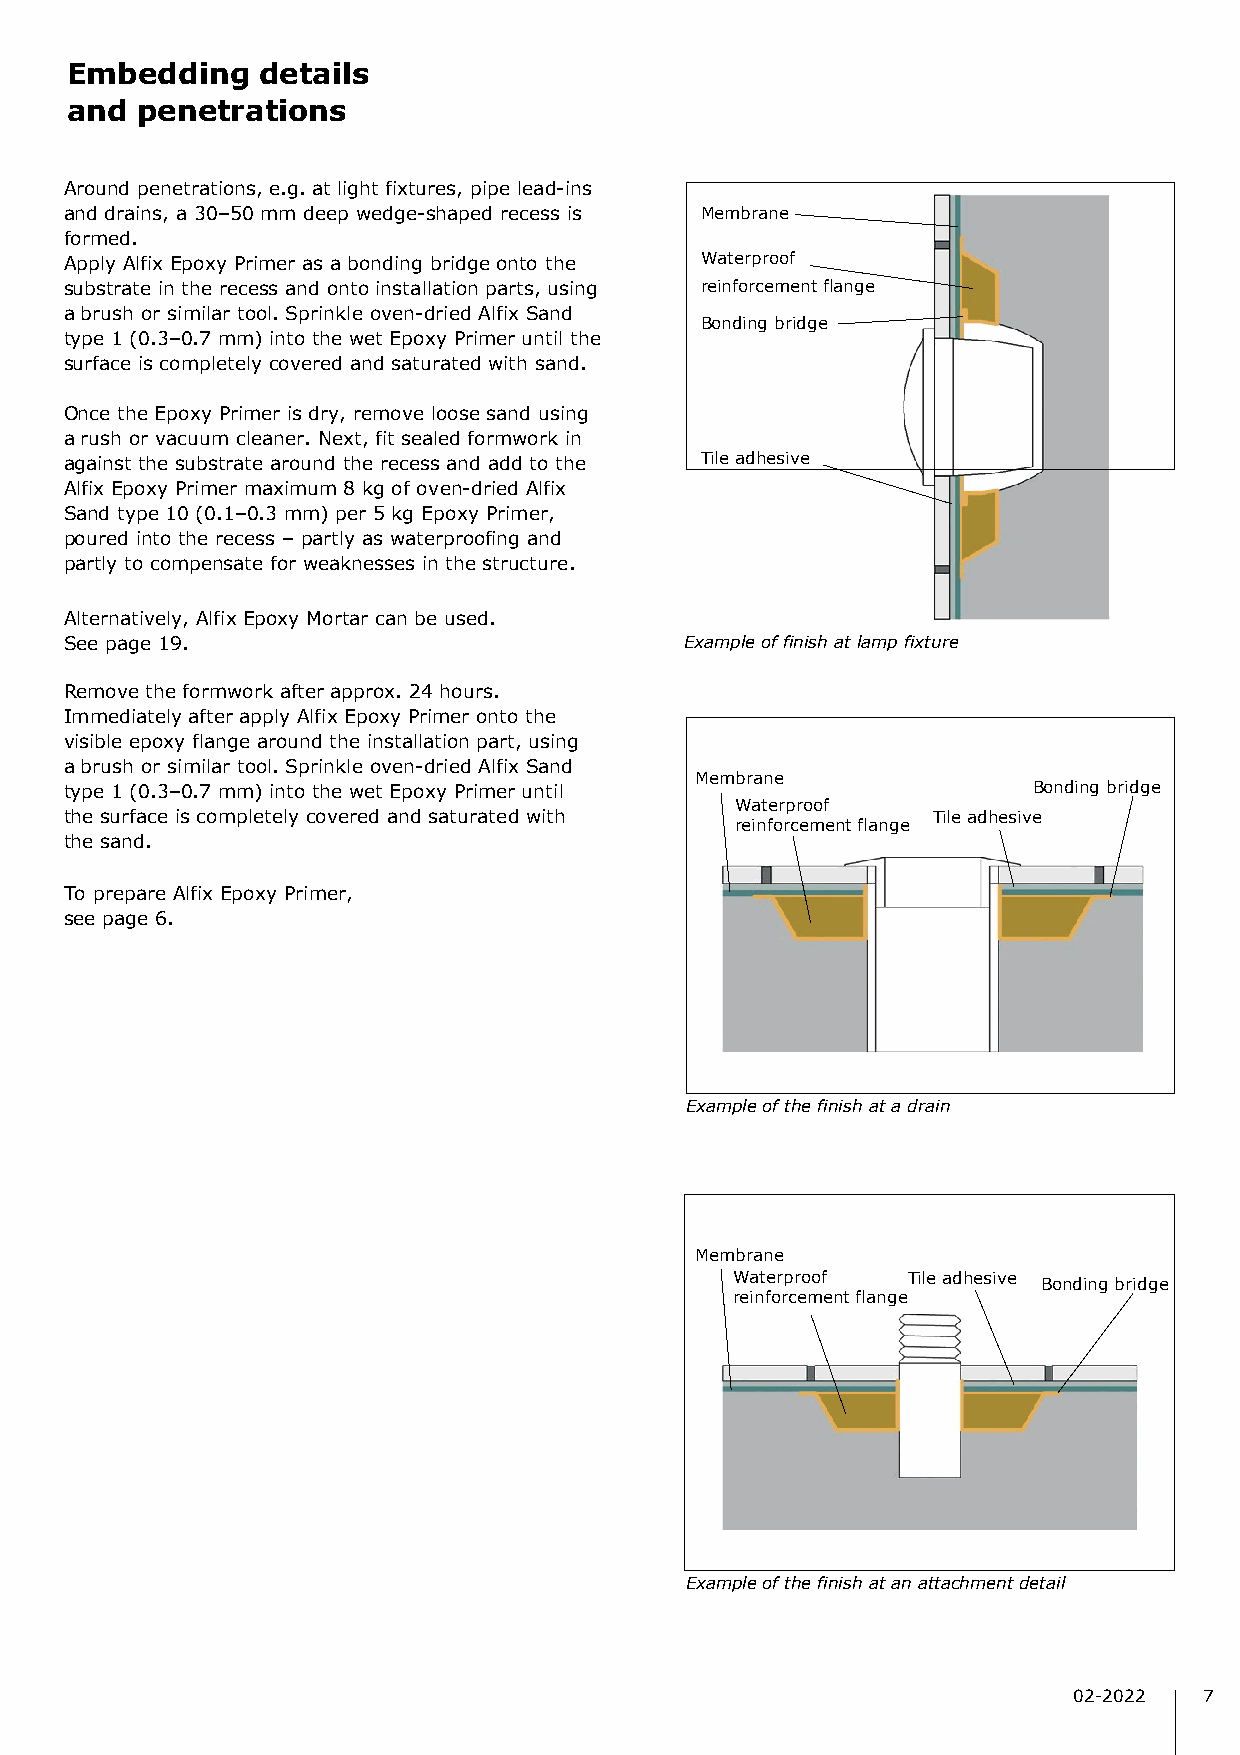
Embedding    details
 and  penetrations
 Around penetrations, e.g. at light fixtures, pipe lead-ins
 and drains, a 30–50 mm deep wedge-shaped recess is Membrane
 formed.
 Apply Alfix Epoxy Primer as a bonding bridge onto the Waterproof
 substrate in the recess and onto installation parts, using reinforcement flange
 a brush or similar tool. Sprinkle oven-dried Alfix Sand
 Bonding bridge
 type 1 (0.3–0.7 mm) into the wet Epoxy Primer until the
 surface is completely covered and saturated with sand.
 Once the Epoxy Primer is dry, remove loose sand using
 a rush or vacuum cleaner. Next, fit sealed formwork in
 against the substrate around the recess and add to the Tile adhesive
 Alfix Epoxy Primer maximum 8 kg of oven-dried Alfix
 Sand type 10 (0.1–0.3 mm) per 5 kg Epoxy Primer,
 poured into the recess – partly as waterproofing and
 partly to compensate for weaknesses in the structure.
 Alternatively, Alfix Epoxy Mortar can be used.
 See page 19.                             Example of finish at lamp fixture
 Remove the formwork after approx. 24 hours.
 Immediately after apply Alfix Epoxy Primer onto the
 visible epoxy flange around the installation part, using
 a brush or similar tool. Sprinkle oven-dried Alfix Sand
 Membrane
 type 1 (0.3–0.7 mm) into the wet Epoxy Primer until             Bonding bridge
 Waterproof
 the surface is completely covered and saturated with      Tile adhesive
 reinforcement flange
 the sand.
 To prepare Alfix Epoxy Primer,
 see page 6.
 Example of the finish at a drain
 Membrane
 Waterproof Tile adhesive
 Bonding bridge
 reinforcement flange
 Example of the finish at an attachment detail
 02-2022  7